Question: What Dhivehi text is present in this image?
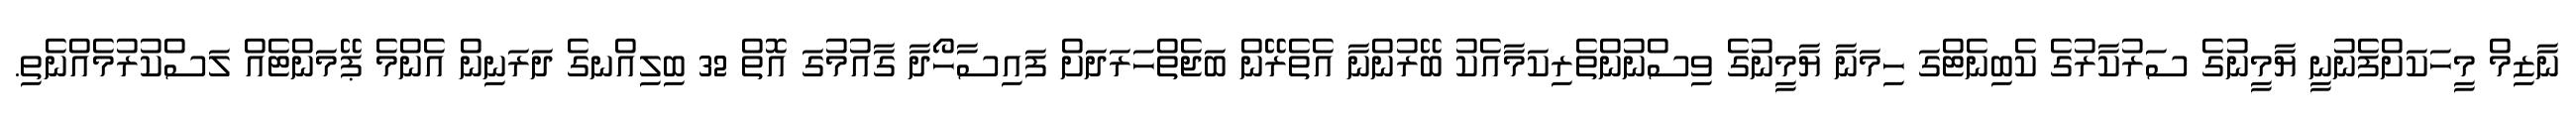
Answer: ނާޒިމް މީހަކަށްފެނުނީ ޔާމީނުގެ ސަރުކާރުގެ ކެބިނެޓްގަ ހިމަނާ ޔާމީނުގެ ވިސްނުންތެރިކަމާއެކު ބޭރުންނާ އެތެރޭން ބަޖެތްހަރަދަށް ފައިސާހޯދާ ގާއުމުގަ އޮތް 32 ބިލިއްނގެ ދަރަނިން އެންމެ ޕޭމަންޓެއް ލަސްކުރުމެއްނެތި.